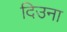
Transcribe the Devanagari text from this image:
दिउना